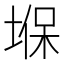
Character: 堢